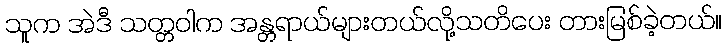
သူက အဲဒီ သတ္တဝါက အန္တရာယ်များတယ်လို့သတိပေး တားမြစ်ခဲ့တယ်။